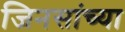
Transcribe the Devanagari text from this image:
जिनसांच्या